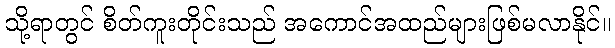
သို့ရာတွင် စိတ်ကူးတိုင်းသည် အကောင်အထည်များဖြစ်မလာနိုင်။